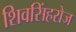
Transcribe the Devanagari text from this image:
शिवसिंहरोज